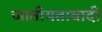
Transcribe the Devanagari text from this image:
जातीयतावादी